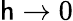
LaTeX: \mathsf{h}\to0